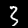
Label: 3